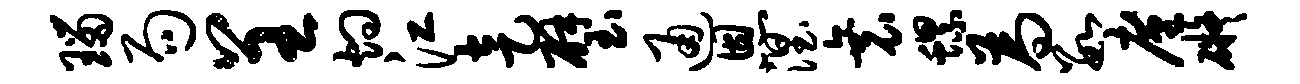
瑙局呈灼江走璧通恩涅衰螺为数廑碍